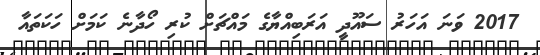
2017 ވަނަ އަހަރު ސައޫދީ އަރަބިއްޔާގެ މައްޗަށް ކުރި ހޯދާނެ ކަމަށް ހަކަތައާ